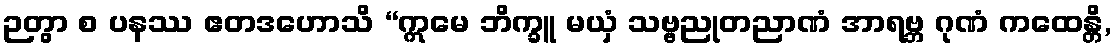
ဉတွာ စ ပနဿ ဧတဒဟောသိ “ဣမေ ဘိက္ခူ မယှံ သဗ္ဗညုတညာဏံ အာရဗ္ဘ ဂုဏံ ကထေန္တိ,